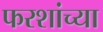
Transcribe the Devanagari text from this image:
फरशांच्या